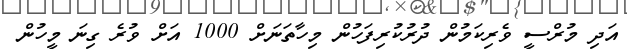
އަދި މުރްސީ ވެރިކަމުން ދުރުކުރިފަހުން މިހާތަނަށް 1000 އަށް ވުރެ ގިނަ މީހުން